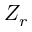
Z _ { r }